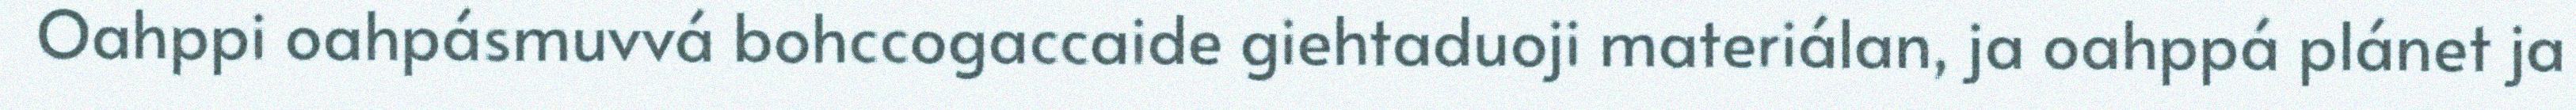
Oahppi oahpásmuvvá bohccogaccaide giehtaduoji materiálan, ja oahppá plánet ja